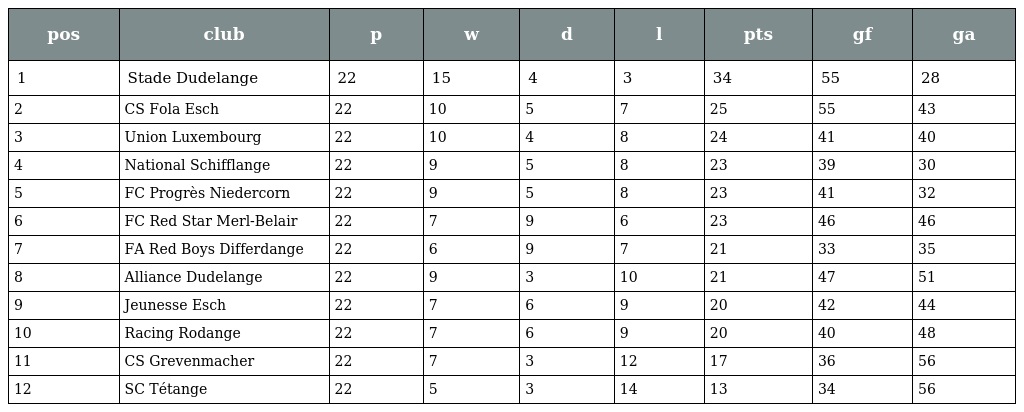
| pos | club | p | w | d | l | pts | gf | ga |
 | --- | --- | --- | --- | --- | --- | --- | --- | --- |
 | 1 | Stade Dudelange | 22 | 15 | 4 | 3 | 34 | 55 | 28 |
 | 2 | CS Fola Esch | 22 | 10 | 5 | 7 | 25 | 55 | 43 |
 | 3 | Union Luxembourg | 22 | 10 | 4 | 8 | 24 | 41 | 40 |
 | 4 | National Schifflange | 22 | 9 | 5 | 8 | 23 | 39 | 30 |
 | 5 | FC Progrès Niedercorn | 22 | 9 | 5 | 8 | 23 | 41 | 32 |
 | 6 | FC Red Star Merl-Belair | 22 | 7 | 9 | 6 | 23 | 46 | 46 |
 | 7 | FA Red Boys Differdange | 22 | 6 | 9 | 7 | 21 | 33 | 35 |
 | 8 | Alliance Dudelange | 22 | 9 | 3 | 10 | 21 | 47 | 51 |
 | 9 | Jeunesse Esch | 22 | 7 | 6 | 9 | 20 | 42 | 44 |
 | 10 | Racing Rodange | 22 | 7 | 6 | 9 | 20 | 40 | 48 |
 | 11 | CS Grevenmacher | 22 | 7 | 3 | 12 | 17 | 36 | 56 |
 | 12 | SC Tétange | 22 | 5 | 3 | 14 | 13 | 34 | 56 |